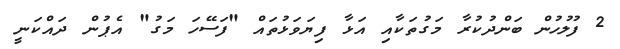
2 ފުލުހުން ބަންދުކުރާ މަގުތަކާއި އަޅާ ފިޔަވަޅުތައް "ފަސޭހަ މަގު" އެޕުން ދައްކަނީ